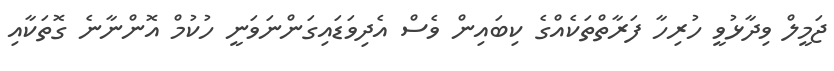
ޖަމީލް ވިދާޅުވީ ހުރިހާ ފަރާތްތަކެއްގެ ކިބައިން ވެސް އެދިވަޑައިގަންނަވަނީ ހުކުމް އޮންނާނެ ގޮތަކާއި